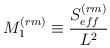
LaTeX: \begin{align*}M_1^{(rm)} \equiv \frac{S_{eff}^{(rm)}}{L^2}\end{align*}